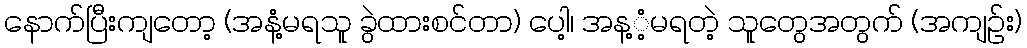
နောက်ပြီးကျတော့ (အနံ့မရသူ ခွဲထားစင်တာ) ပေါ့၊ အန့ံ့မရတဲ့ သူတွေအတွက် (အကျဉ်း)